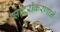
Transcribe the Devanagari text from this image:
सादरीकरणाने